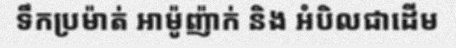
ទឹកប្រម៉ាត់ អាម៉ូញ៉ាក់ និង អំបិលជាដើម